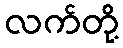
လက်တို့